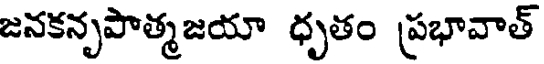
జనకనృపాత్మజయా ధృతం ప్రభావాత్